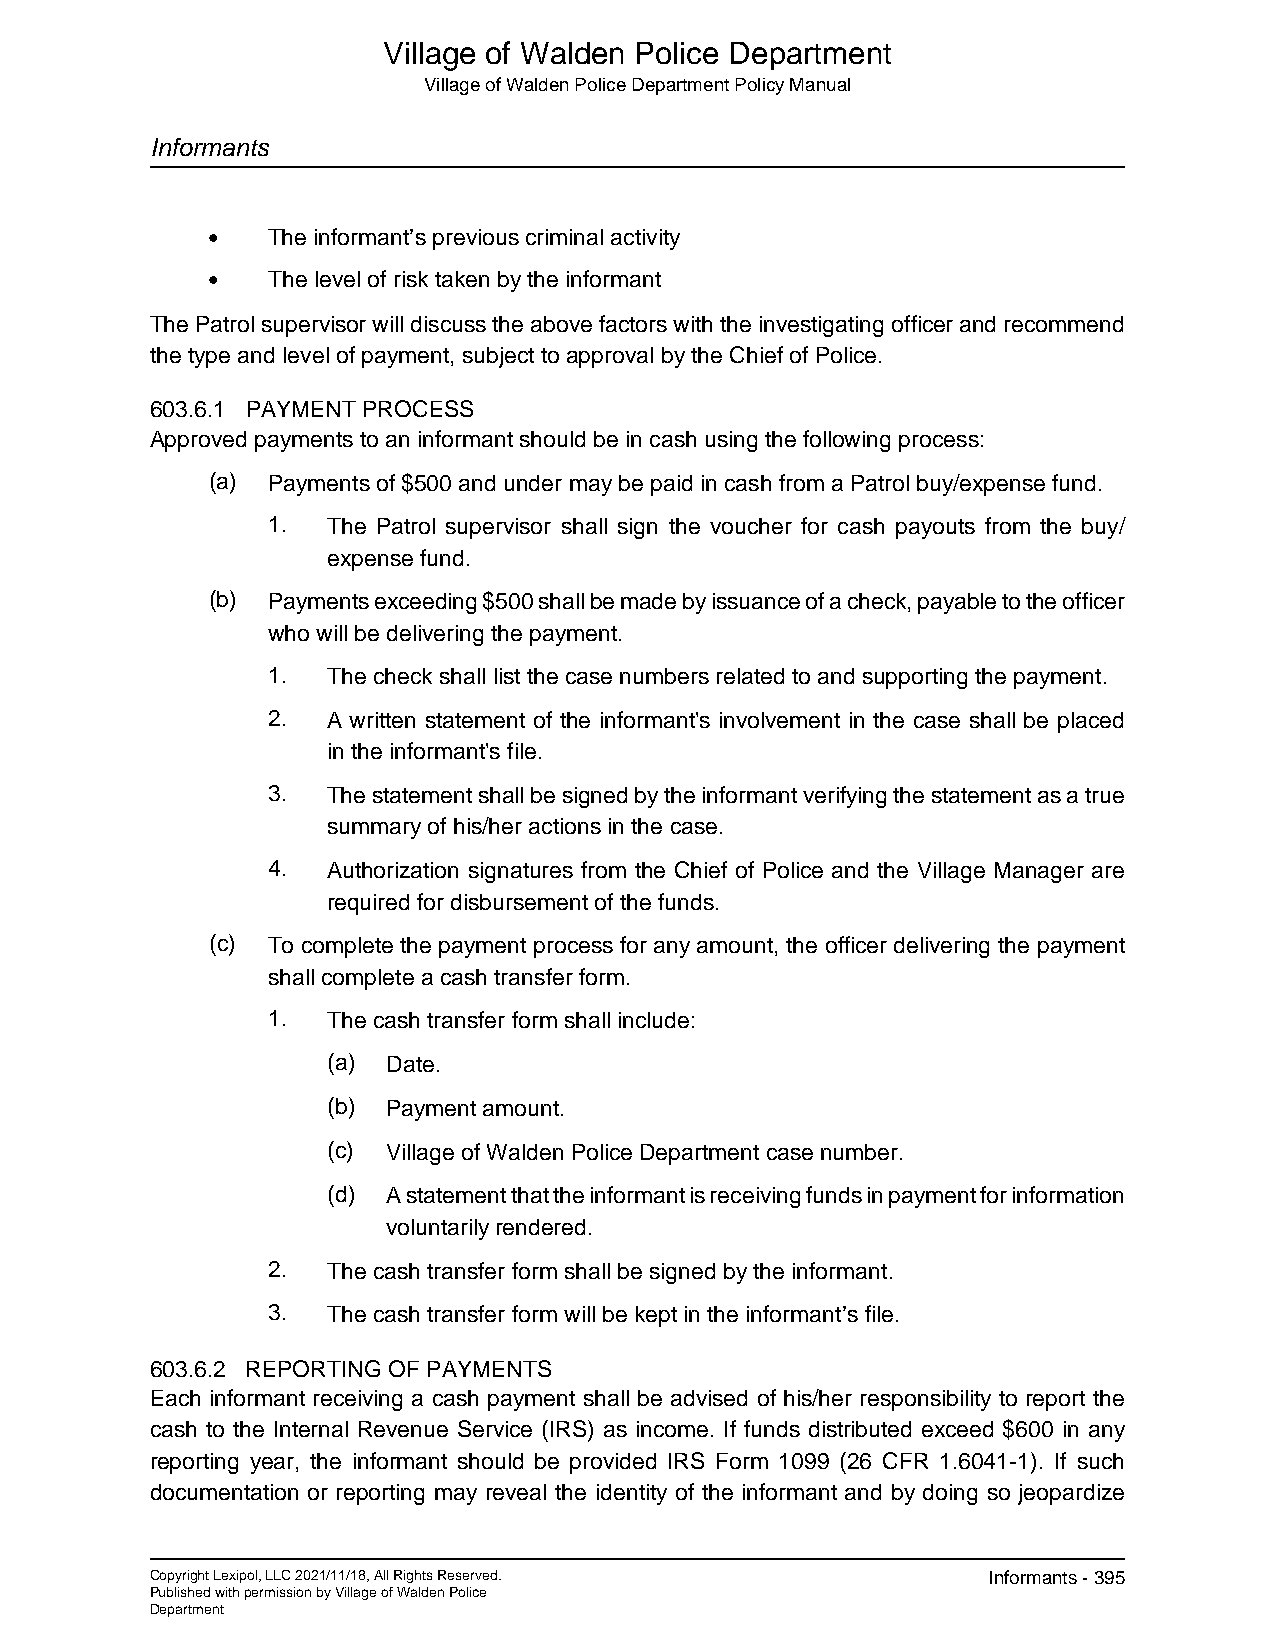
Village of Walden Police Department
 Village of Walden Police Department Policy Manual
 Informants
 •   The informant’s previous criminal activity
 •   The level of risk taken by the informant
 The Patrol supervisor will discuss the above factors with the investigating officer and recommend
 the type and level of payment, subject to approval by the Chief of Police.
 603.6.1 PAYMENT PROCESS
 Approved payments to an informant should be in cash using the following process:
 (a) Payments of $500 and under may be paid in cash from a Patrol buy/expense fund.
 1.  The Patrol supervisor shall sign the voucher for cash payouts from the buy/
 expense fund.
 (b) Payments exceeding $500 shall be made by issuance of a check, payable to the officer
 who will be delivering the payment.
 1.  The check shall list the case numbers related to and supporting the payment.
 2.  A written statement of the informant's involvement in the case shall be placed
 in the informant's file.
 3.  The statement shall be signed by the informant verifying the statement as a true
 summary of his/her actions in the case.
 4.  Authorization signatures from the Chief of Police and the Village Manager are
 required for disbursement of the funds.
 (c) To complete the payment process for any amount, the officer delivering the payment
 shall complete a cash transfer form.
 1.  The cash transfer form shall include:
 (a) Date.
 (b) Payment amount.
 (c) Village of Walden Police Department case number.
 (d) A statement that the informant is receiving funds in payment for information
 voluntarily rendered.
 2.  The cash transfer form shall be signed by the informant.
 3.  The cash transfer form will be kept in the informant’s file.
 603.6.2 REPORTING OF PAYMENTS
 Each informant receiving a cash payment shall be advised of his/her responsibility to report the
 cash to the Internal Revenue Service (IRS) as income. If funds distributed exceed $600 in any
 reporting year, the informant should be provided IRS Form 1099 (26 CFR 1.6041-1). If such
 documentation or reporting may reveal the identity of the informant and by doing so jeopardize
 Copyright Lexipol, LLC 2021/11/18, All Rights Reserved. Informants - 395
 Published with permission by Village of Walden Police
 Department